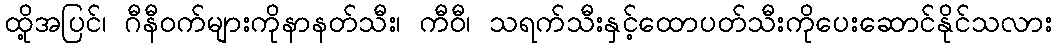
ထို့အပြင်၊ ဂီနီဝက်များကိုနာနတ်သီး၊ ကီဝီ၊ သရက်သီးနှင့်ထောပတ်သီးကိုပေးဆောင်နိုင်သလား